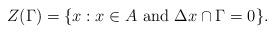
LaTeX: \begin{align*}Z(\Gamma)=\{x:x \in A \textrm{ and } \Delta x \cap \Gamma=0\}.\end{align*}